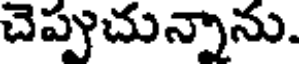
చెప్పుచున్నాను.